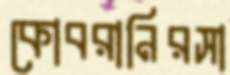
কোবরানিরসা